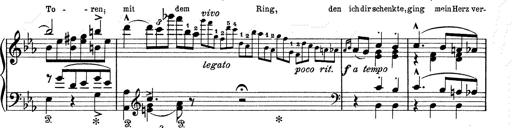
Title: 6 Polish Songs
Composer: Franz Liszt